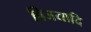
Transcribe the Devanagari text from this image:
विजयादि